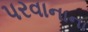
પરવાનાના